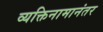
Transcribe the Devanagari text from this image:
व्यक्तिनामानंतर